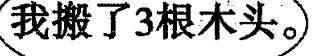
我搬了3根木头。